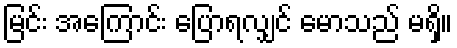
မြင်း အကြောင်း ပြောရလျှင် မောသည် မရှိ။